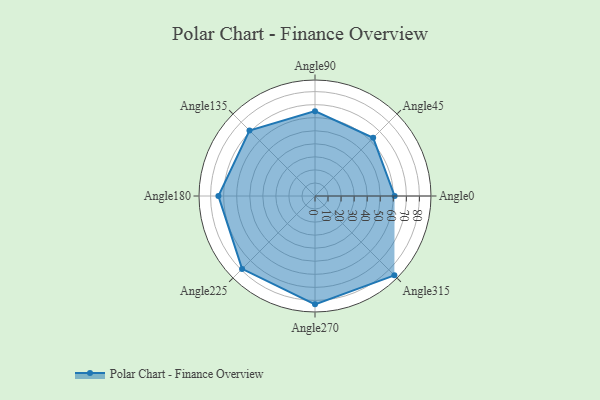
{"axis": {"x": "Angle", "y": "Radius"}, "legend": [""], "data": [{"x": "Angle0", "y": 61.0, "type": ""}, {"x": "Angle45", "y": 63.0, "type": ""}, {"x": "Angle90", "y": 65.0, "type": ""}, {"x": "Angle135", "y": 71.0, "type": ""}, {"x": "Angle180", "y": 74.0, "type": ""}, {"x": "Angle225", "y": 79.0, "type": ""}, {"x": "Angle270", "y": 83.0, "type": ""}, {"x": "Angle315", "y": 86.0, "type": ""}]}